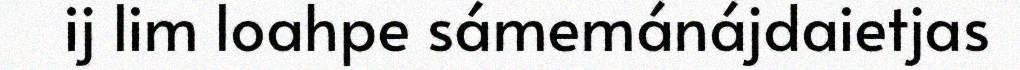
ij lim loahpe sámemánájdaietjas